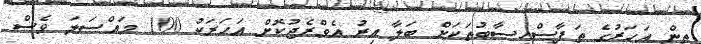
ތިން އަހަރުގެ ތަފާސްހިސާބުތަކަށް ބަލާ އިރު އެވްރެޖުކޮށް އަހަރަކު 100 މައްސަލަ ވެސް